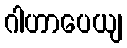
ဂါဟာပေယျ